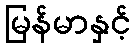
မြန်မာနှင့်